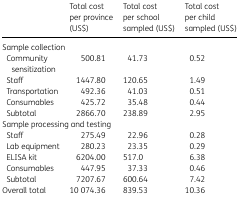
|  | Total cost per province (US$) | Total cost per school sampled (US$) | Total cost per child sampled (US$) |
 | --- | --- | --- | --- |
 | <COLSPAN=4> Sample collection |
 | Community sensitization | 500.81 | 41.73 | 0.52 |
 | Staff | 1447.80 | 120.65 | 1.49 |
 | Transportation | 492.36 | 41.03 | 0.51 |
 | Consumables | 425.72 | 35.48 | 0.44 |
 | Subtotal | 2866.70 | 238.89 | 2.95 |
 | <COLSPAN=4> Sample processing and testing |
 | Staff | 275.49 | 22.96 | 0.28 |
 | Lab equipment | 280.23 | 23.35 | 0.29 |
 | ELISA kit | 6204.00 | 517.0 | 6.38 |
 | Consumables | 447.95 | 37.33 | 0.46 |
 | Subtotal | 7207.67 | 600.64 | 7.42 |
 | Overall total | 10 074.36 | 839.53 | 10.36 |